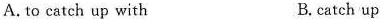
A.to catch up with B.catch up